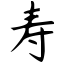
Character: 寿